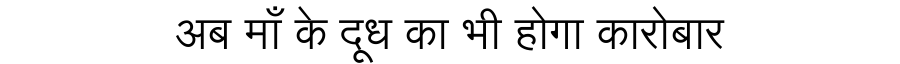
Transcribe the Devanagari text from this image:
अब माँ के दूध का भी होगा कारोबार